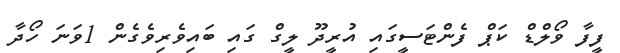
ފީފާ ވޯލްޑް ކަޕް ފެންޓަސީގައި އުރީދޫ ލީގް ގައި ބައިވެރިވެގެން 1ވަނަ ހޯދާ